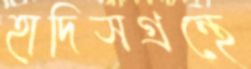
হাদিসগ্রন্থে